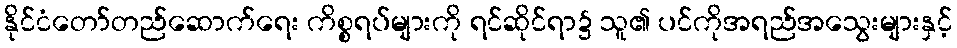
နိုင်ငံတော်တည်ဆောက်ရေး ကိစ္စရပ်များကို ရင်ဆိုင်ရာ၌ သူ၏ ပင်ကိုအရည်အသွေးများနှင့်